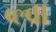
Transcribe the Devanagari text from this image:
ब्ल्वा